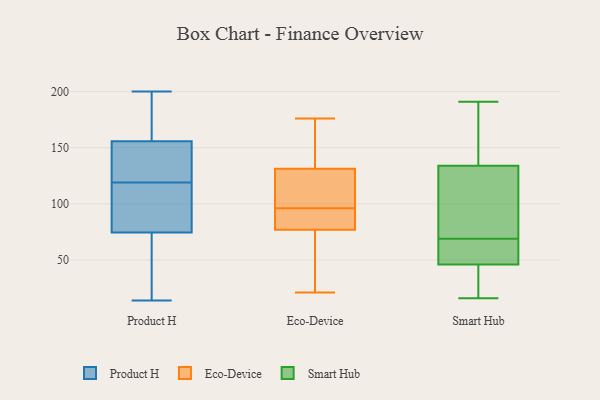
{"axis": {"x": "Active Users", "y": "Value"}, "legend": ["Eco-Device", "Product H", "Smart Hub"], "data": [{"x": "", "y": 14, "type": "Product H"}, {"x": "", "y": 51, "type": "Product H"}, {"x": "", "y": 176, "type": "Product H"}, {"x": "", "y": 75, "type": "Product H"}, {"x": "", "y": 111, "type": "Product H"}, {"x": "", "y": 120, "type": "Product H"}, {"x": "", "y": 200, "type": "Product H"}, {"x": "", "y": 118, "type": "Product H"}, {"x": "", "y": 73, "type": "Product H"}, {"x": "", "y": 149, "type": "Product H"}, {"x": "", "y": 119, "type": "Product H"}, {"x": "", "y": 138, "type": "Product H"}, {"x": "", "y": 196, "type": "Product H"}, {"x": "", "y": 96, "type": "Eco-Device"}, {"x": "", "y": 144, "type": "Eco-Device"}, {"x": "", "y": 43, "type": "Eco-Device"}, {"x": "", "y": 21, "type": "Eco-Device"}, {"x": "", "y": 122, "type": "Eco-Device"}, {"x": "", "y": 87, "type": "Eco-Device"}, {"x": "", "y": 129, "type": "Eco-Device"}, {"x": "", "y": 77, "type": "Eco-Device"}, {"x": "", "y": 176, "type": "Eco-Device"}, {"x": "", "y": 132, "type": "Eco-Device"}, {"x": "", "y": 77, "type": "Eco-Device"}, {"x": "", "y": 35, "type": "Smart Hub"}, {"x": "", "y": 46, "type": "Smart Hub"}, {"x": "", "y": 177, "type": "Smart Hub"}, {"x": "", "y": 83, "type": "Smart Hub"}, {"x": "", "y": 26, "type": "Smart Hub"}, {"x": "", "y": 191, "type": "Smart Hub"}, {"x": "", "y": 127, "type": "Smart Hub"}, {"x": "", "y": 59, "type": "Smart Hub"}, {"x": "", "y": 134, "type": "Smart Hub"}, {"x": "", "y": 168, "type": "Smart Hub"}, {"x": "", "y": 16, "type": "Smart Hub"}, {"x": "", "y": 48, "type": "Smart Hub"}, {"x": "", "y": 61, "type": "Smart Hub"}, {"x": "", "y": 77, "type": "Smart Hub"}]}